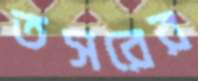
তসরের